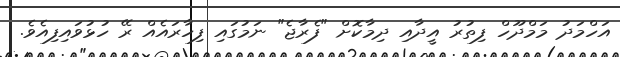
އަހްމަދު މަމްދޫހް ފިތުރު އީދާއި ދިމާކޮށް "ފެރާޖެ" ނަމުގައި ފިހާރައެއް ރޭ ހުޅުވައިފިއެވެ.